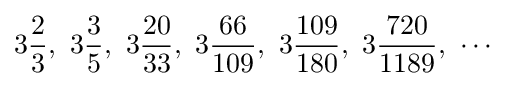
3{\frac {2}{3}},\ 3{\frac {3}{5}},\ 3{\frac {20}{33}},\ 3{\frac {66}{109}},\ 3{\frac {109}{180}},\ 3{\frac {720}{1189}},\ \cdots